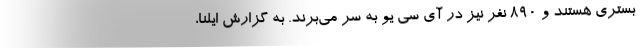
بستری هستند و ۸۹۰ نفر نیز در آی سی یو به سر می‌برند. به گزارش ایلنا،